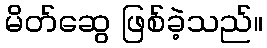
မိတ်ဆွေ ဖြစ်ခဲ့သည်။